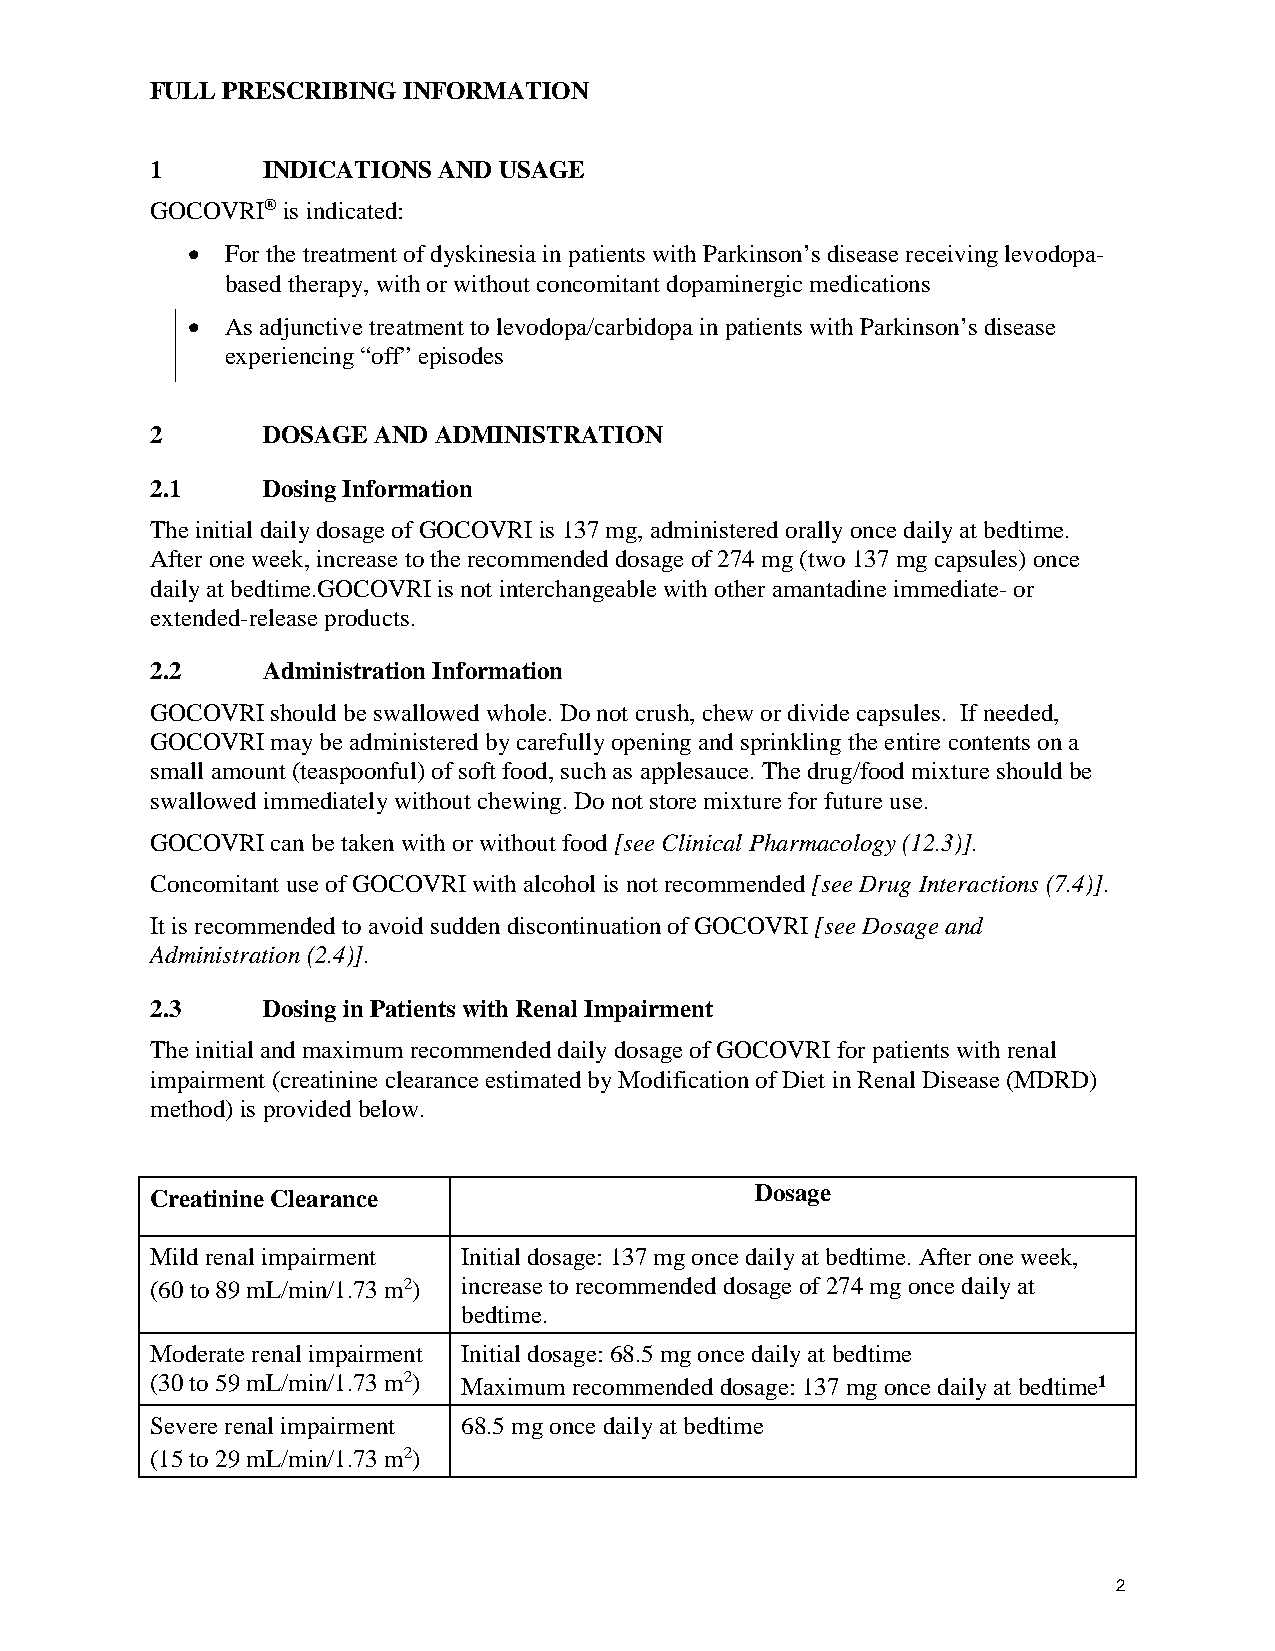
FULL PRESCRIBING INFORMATION
 1      INDICATIONS AND USAGE
 GOCOVRI® is indicated:
 •  For the treatment of dyskinesia in patients with Parkinson’s disease receiving levodopa-
 based therapy, with or without concomitant dopaminergic medications
 •  As adjunctive treatment to levodopa/carbidopa in patients with Parkinson’s disease
 experiencing “off” episodes
 2      DOSAGE  AND ADMINISTRATION
 2.1    Dosing Information
 The initial daily dosage of GOCOVRI is 137 mg, administered orally once daily at bedtime.
 After one week, increase to the recommended dosage of 274 mg (two 137 mg capsules) once
 daily at bedtime.GOCOVRI is not interchangeable with other amantadine immediate- or
 extended-release products.
 2.2    Administration Information
 GOCOVRI should be swallowed whole. Do not crush, chew or divide capsules. If needed,
 GOCOVRI may be administered by carefully opening and sprinkling the entire contents on a
 small amount (teaspoonful) of soft food, such as applesauce. The drug/food mixture should be
 swallowed immediately without chewing. Do not store mixture for future use.
 GOCOVRI can be taken with or without food [see Clinical Pharmacology (12.3)].
 Concomitant use of GOCOVRI with alcohol is not recommended [see Drug Interactions (7.4)].
 It is recommended to avoid sudden discontinuation of GOCOVRI [see Dosage and
 Administration (2.4)].
 2.3    Dosing in Patients with Renal Impairment
 The initial and maximum recommended daily dosage of GOCOVRI for patients with renal
 impairment (creatinine clearance estimated by Modification of Diet in Renal Disease (MDRD)
 method) is provided below.
 Dosage
 Creatinine Clearance
 Mild renal impairment Initial dosage: 137 mg once daily at bedtime. After one week,
 (60 to 89 mL/min/1.73 m2) increase to recommended dosage of 274 mg once daily at
 bedtime.
 Moderate renal impairment Initial dosage: 68.5 mg once daily at bedtime
 (30 to 59 mL/min/1.73 m2) Maximum recommended dosage: 137 mg once daily at bedtime1
 Severe renal impairment 68.5 mg once daily at bedtime
 (15 to 29 mL/min/1.73 m2)
 2